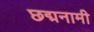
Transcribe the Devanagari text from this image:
छद्मनामी